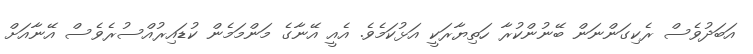
އަބަދުވެސް ރެކިގަންނަން ބޭނުންކުރާ ހަތިޔާރަކީ އަޅުކަމެވެ. އެއީ އޭނާގެ މަންމަމެން ކުޑައިރުއްސުރެވެސް އޭނާއަށް